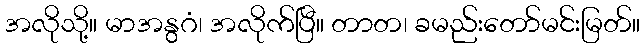
အလိုသို့။ မာအနွဂံ၊ အလိုက်ပြီ။ တာတ၊ ခမည်းတော်မင်းမြတ်။